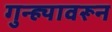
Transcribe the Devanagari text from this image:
गुन्ह्यावरून